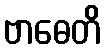
ဗာဓေတိ